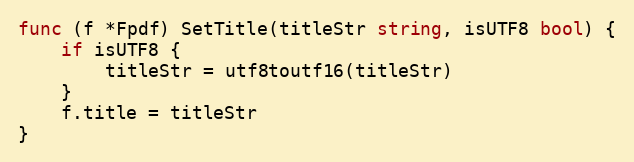
Language: Go
func (f *Fpdf) SetTitle(titleStr string, isUTF8 bool) {
	if isUTF8 {
		titleStr = utf8toutf16(titleStr)
	}
	f.title = titleStr
}